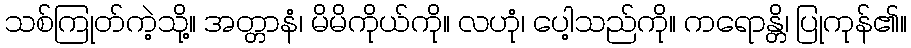
သစ်ကြုတ်ကဲ့သို့။ အတ္တာနံ၊ မိမိကိုယ်ကို။ လဟုံ၊ ပေါ့သည်ကို။ ကရောန္တိ၊ ပြုကုန်၏။